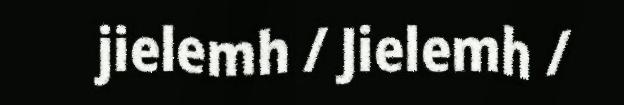
jielemh / Jielemh /